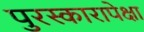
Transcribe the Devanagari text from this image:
पुरस्कारापेक्षा